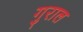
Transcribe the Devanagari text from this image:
गुराल